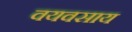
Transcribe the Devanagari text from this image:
वयवसाय